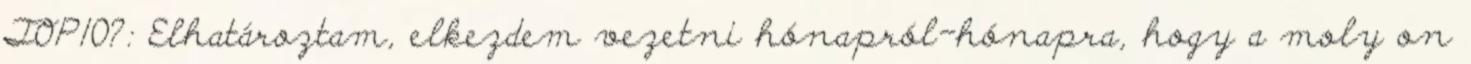
TOP10?: Elhatároztam, elkezdem vezetni hónapról-hónapra, hogy a moly on